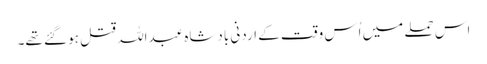
اس حملے میں اُس وقت کے اردنی بادشاہ عبداللہ قتل ہو گئے تھے۔